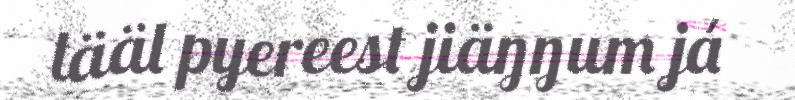
tääl pyereest jiäŋŋum já